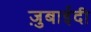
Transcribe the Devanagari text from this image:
ज़ुबाईदी